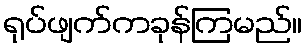
ရုပ်ဖျက်ကခုန်ကြမည်။